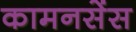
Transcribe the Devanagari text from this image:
कामनसेंस